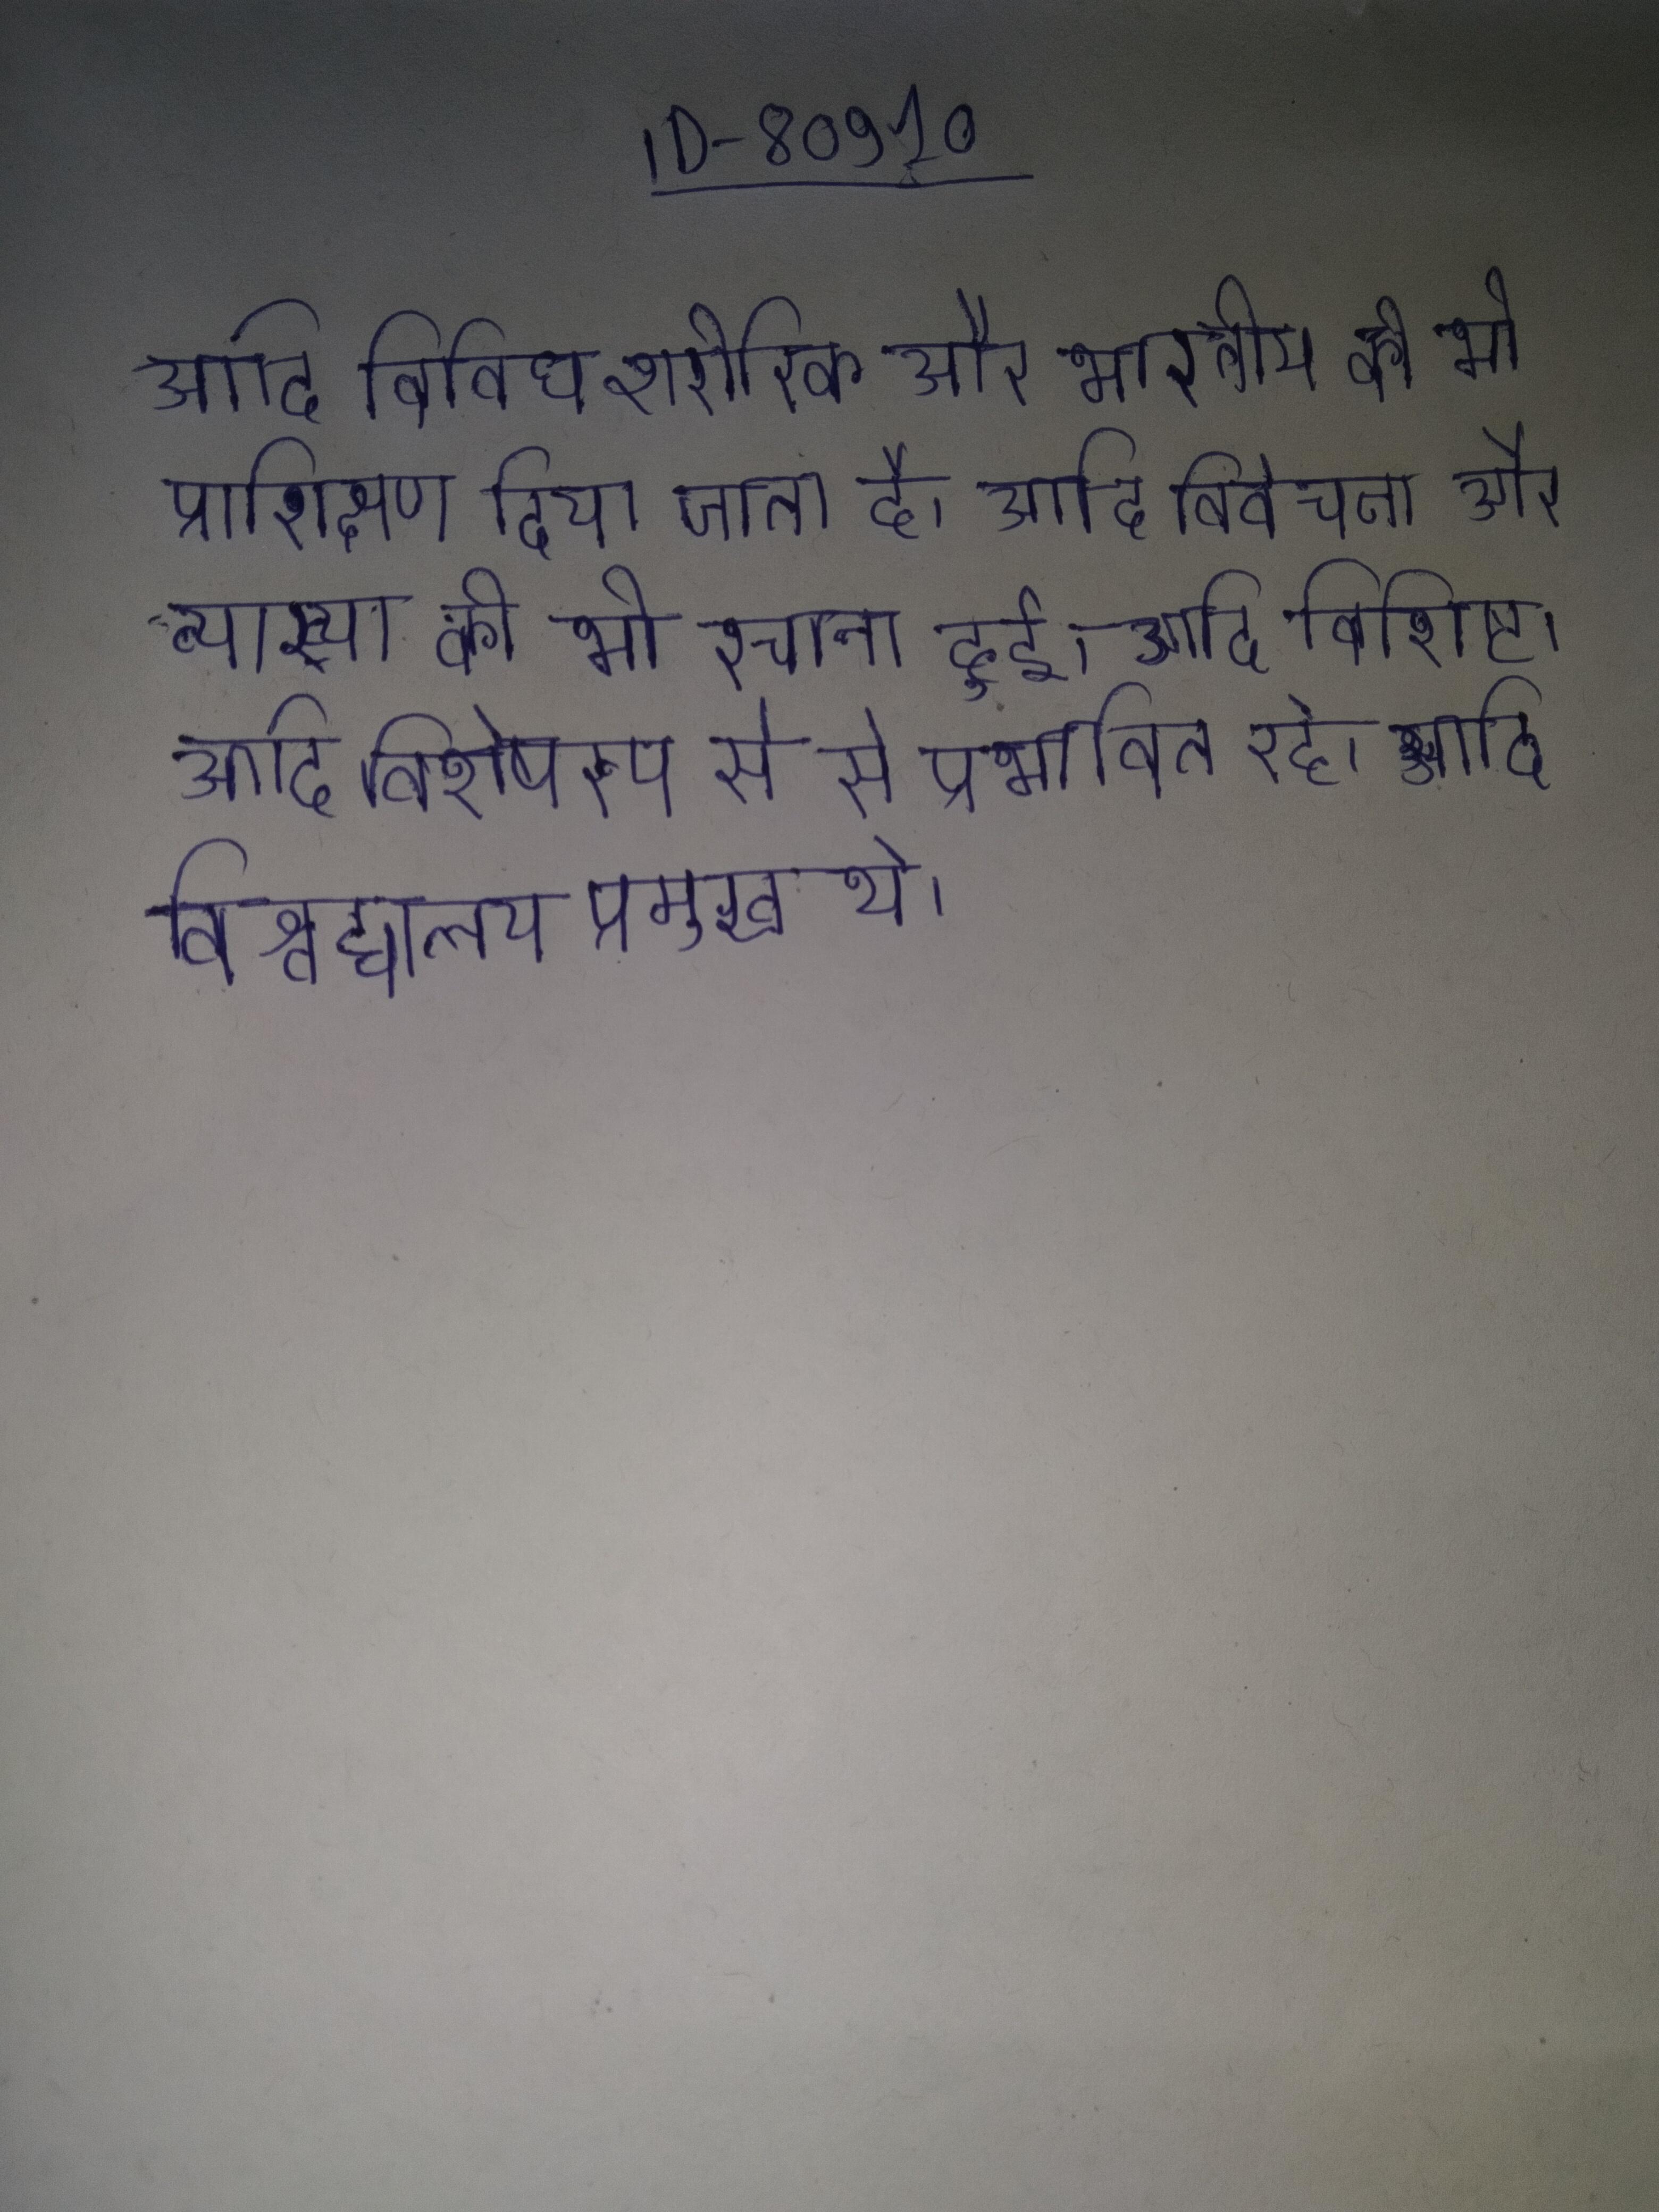
आदि विविध शारीरिक और भारतीय को भी प्रशिक्षण दिया जाता है । आदि विवेचना और व्याख्या की प्रेरणा लेकर बहुत से की भी रचना हुई । आदि विशिष्ट । आदि विशेषरूप से से प्रभावित रहे । आदि विश्वविद्यालय प्रमुख थे ।